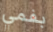
بفمي